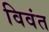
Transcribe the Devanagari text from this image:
विवंत